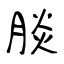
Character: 腅